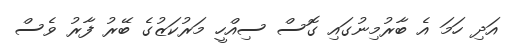
އަދި ހަމަ އެ ބާރުމިނުގައި ގޮސް ސިއްހީ މަރުކަޒުގެ ބޭރު ފާރު ވެސް